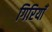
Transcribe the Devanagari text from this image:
गिरियाँ